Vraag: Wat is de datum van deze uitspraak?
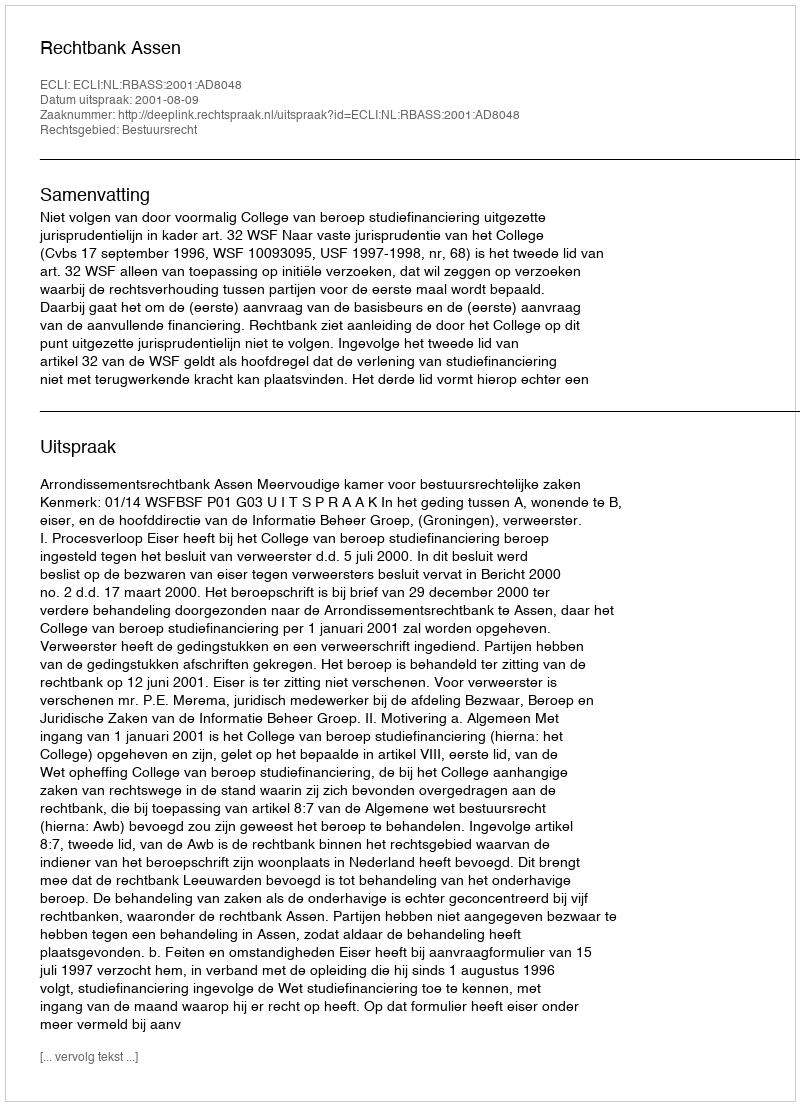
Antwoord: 2001-08-09